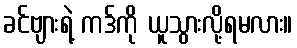
ခင်ဗျားရဲ့ ကဒ်ကို ယူသွားလို့ရမလား။